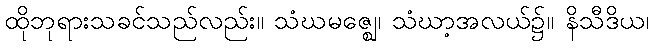
ထိုဘုရားသခင်သည်လည်း။ သံဃမဇ္ဈေ၊ သံဃာ့အလယ်၌။ နိသီဒိယ၊